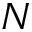
N